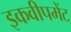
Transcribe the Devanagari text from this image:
इकवीपमेंट